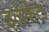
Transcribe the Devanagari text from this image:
इलेफंटा